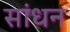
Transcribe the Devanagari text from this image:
सांधन